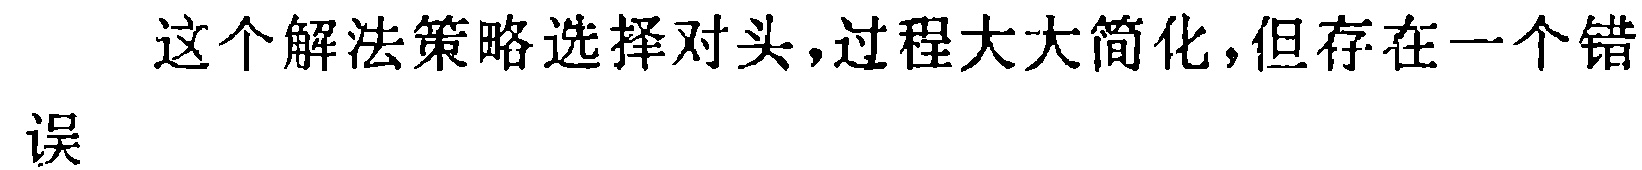
这个解法策略选择对头,过程大大简化,但存在一个错误